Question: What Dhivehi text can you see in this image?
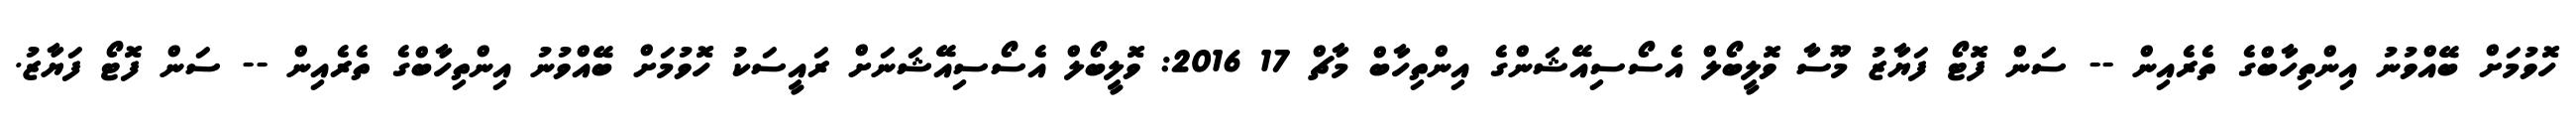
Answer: ހޮވުމަށް ބޭއްވުނު އިންތިހާބްގެ ތެރެއިން -- ސަން ފޮޓޯ ފަޔާޒު މޫސާ ވޮލީބޯލް އެސޯސިއޭޝަންގެ އިންތިހާބް މާޗް 17 2016: ވޮލީބޯލް އެސޯސިއޭޝަނަށް ރައީސަކު ހޮވުމަށް ބޭއްވުނު އިންތިހާބްގެ ތެރެއިން -- ސަން ފޮޓޯ ފަޔާޒު.